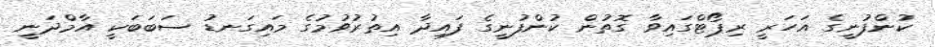
ކުންފުނީގެ އަހަރީ ރިޕޯޓްގައިވާ ގޮތުން ކުންފުނީގެ ފައިދާ އިތުރުވުުމުގެ މައިގަނޑު ސަބަބަކީ އާމްދަނީ